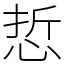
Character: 悊